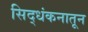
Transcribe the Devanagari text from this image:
सिद्धंकनातून